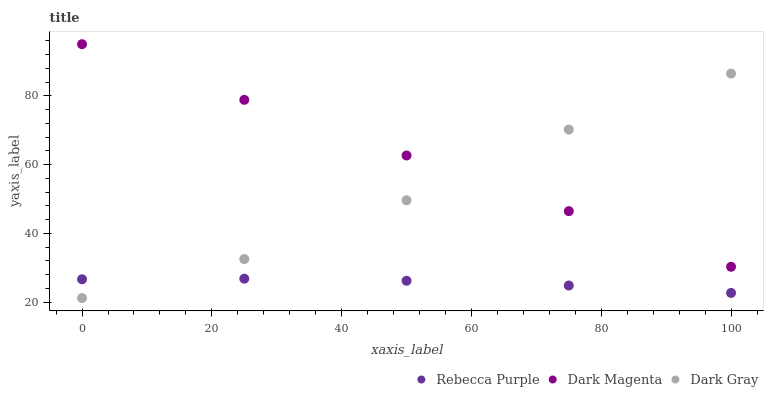
| xaxis_label | Rebecca Purple | Dark Magenta | Dark Gray |
 | --- | --- | --- | --- |
 | 0 | 26.7 | 95 | 21.2 |
 | 25 | 26.9 | 78.8 | 32.5 |
 | 50 | 26.2 | 62.7 | 49.6 |
 | 75 | 24.9 | 46.5 | 70.2 |
 | 100 | 22.7 | 30.3 | 86.5 |